Indian journal of veterinary science and animal husbandry - Volume 9,
Year: 1939
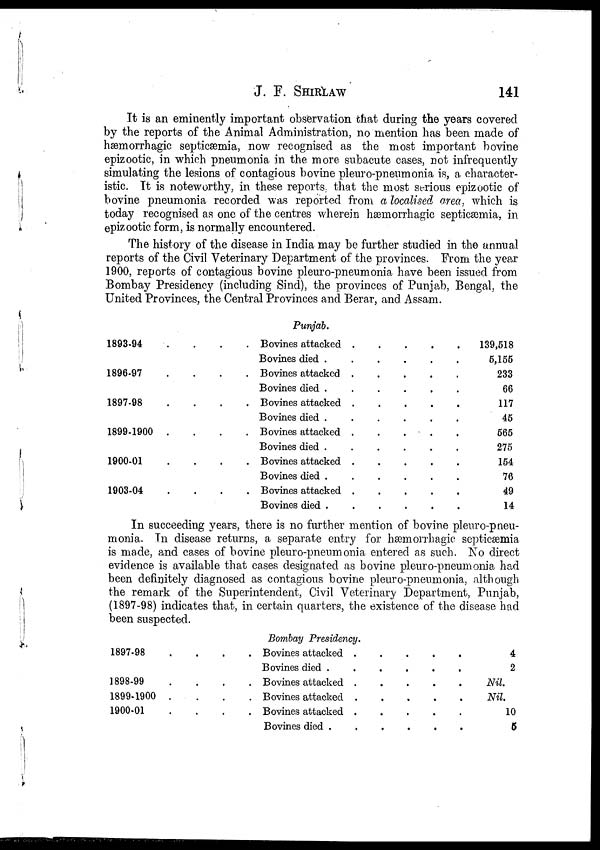
J. F.
SHIRLAW
141
It is an eminently important observation that during the years covered
by the reports of the Animal Administration, no mention has been made of
hæmorrhagic septicæmia, now recognised as the most important bovine
epizootic, in which pneumonia in the more subacute cases, not infrequently
simulating the lesions of contagious bovine pleuro-pneumonia is, a character-
istic. It is noteworthy, in these reports., that the most Serious epizootic of
bovine pneumonia recorded was reported from a localised area, which is
today recognised as one of the centres wherein hæmorrhagic septicæmia, in
epizootic form, is normally encountered.
The history of the disease in India may be further studied in the annual
reports of the Civil Veterinary Department of the provinces. From the year
1900, reports of contagious bovine pleuro-pneumonia have been issued from
Bombay Presidency (including Sind), the provinces of Punjab, Bengal, the
United Provinces, the Central Provinces and Berar, and Assam.
1893-94
.
.
.
.
1896-97.
.
.
.
1897-98
.
.
.
.
1899-1900
.
.
.
.
1900-01
.
.
.
.
1903-04
.
.
.
.
Punjab.
Bovines attacked. . . . .
Bovines died . . . . .
Bovines attacked . . . . .
Bovines died . . . . .
Bovines attacked . . . . .
Bovines died . . . . .
Bovines attacked . . . . .
Bovines died . . . . .
Bovines attacked . . . . .
Bovines died .
Bovines attacked . . . . .
Bovines died . . . . .
139,518
5,155
233
66
117
45
565
275
154
76
49
14
In succeeding years, there is no further mention of bovine pleuro-pneu-
monia. In disease returns, a separate entry for hæmorrhagic septicæmia
is made, and cases of bovine pleuro-pneumonia entered as such. No direct
evidence is available that cases designated as bovine pleuro-pneumonia had
been definitely diagnosed as contagious bovine pleuro-pneumonia, although
the remark of the Superintendent, Civil Veterinary Department, Punjab,
(1897-98) indicates that, in certain quarters, the existence of the disease had
been suspected.
1897-98
.
.
.
.
1898-99
.
.
.
.
1899-1900
.
.
.
.
1900-01
.
.
.
.
Bombay Presidency.
Bovines attacked
Bovines died .
.
.
.
.
Bovines attacked
.
.
.
.
.
Bovines attacked
.
.
.
.
.
Bovines attacked
.
.
.
.
.
Bovines died .
.
.
.
.
4
2
Nil
Nil.
10
5